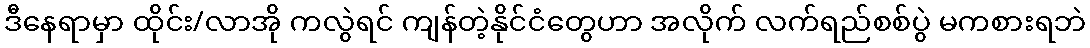
ဒီနေရာမှာ ထိုင်း/လာအို ကလွဲရင် ကျန်တဲ့နိုင်ငံတွေဟာ အလိုက် လက်ရည်စစ်ပွဲ မကစားရဘဲ